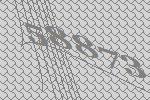
58873